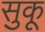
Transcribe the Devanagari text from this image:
सुकू